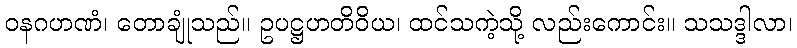
ဝနဂဟဏံ၊ တောချုံသည်။ ဥပဋ္ဌဟတိဝိယ၊ ထင်သကဲ့သို့ လည်းကောင်း။ သသဒ္ဒါလာ၊